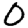
Digit: 0